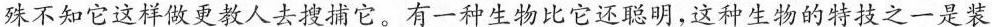
殊不知它这样做更教人去搜捕它。有一种生物比它还聪明，这种生物的特技之一是装